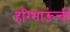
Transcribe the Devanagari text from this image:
हरिभाऊंची